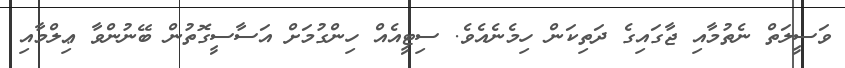
ވަސީލަތް ނެތުމާއި ޖާގައިގެ ދަތިކަން ހިމެނެއެވެ. ސިޓީއެއް ހިންގުމަށް އަސާސީގޮތުން ބޭނުންވާ ޢިލްމާއި